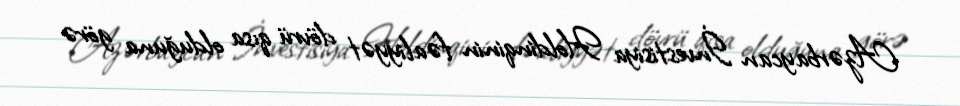
Azərbaycan İnvestisiya Holdinqinin fəaliyyət dövrü qısa olduğuna görə